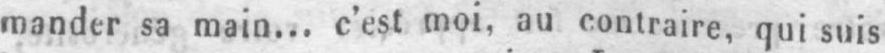
mander sa main... c’est moi, au contraire, qui suis